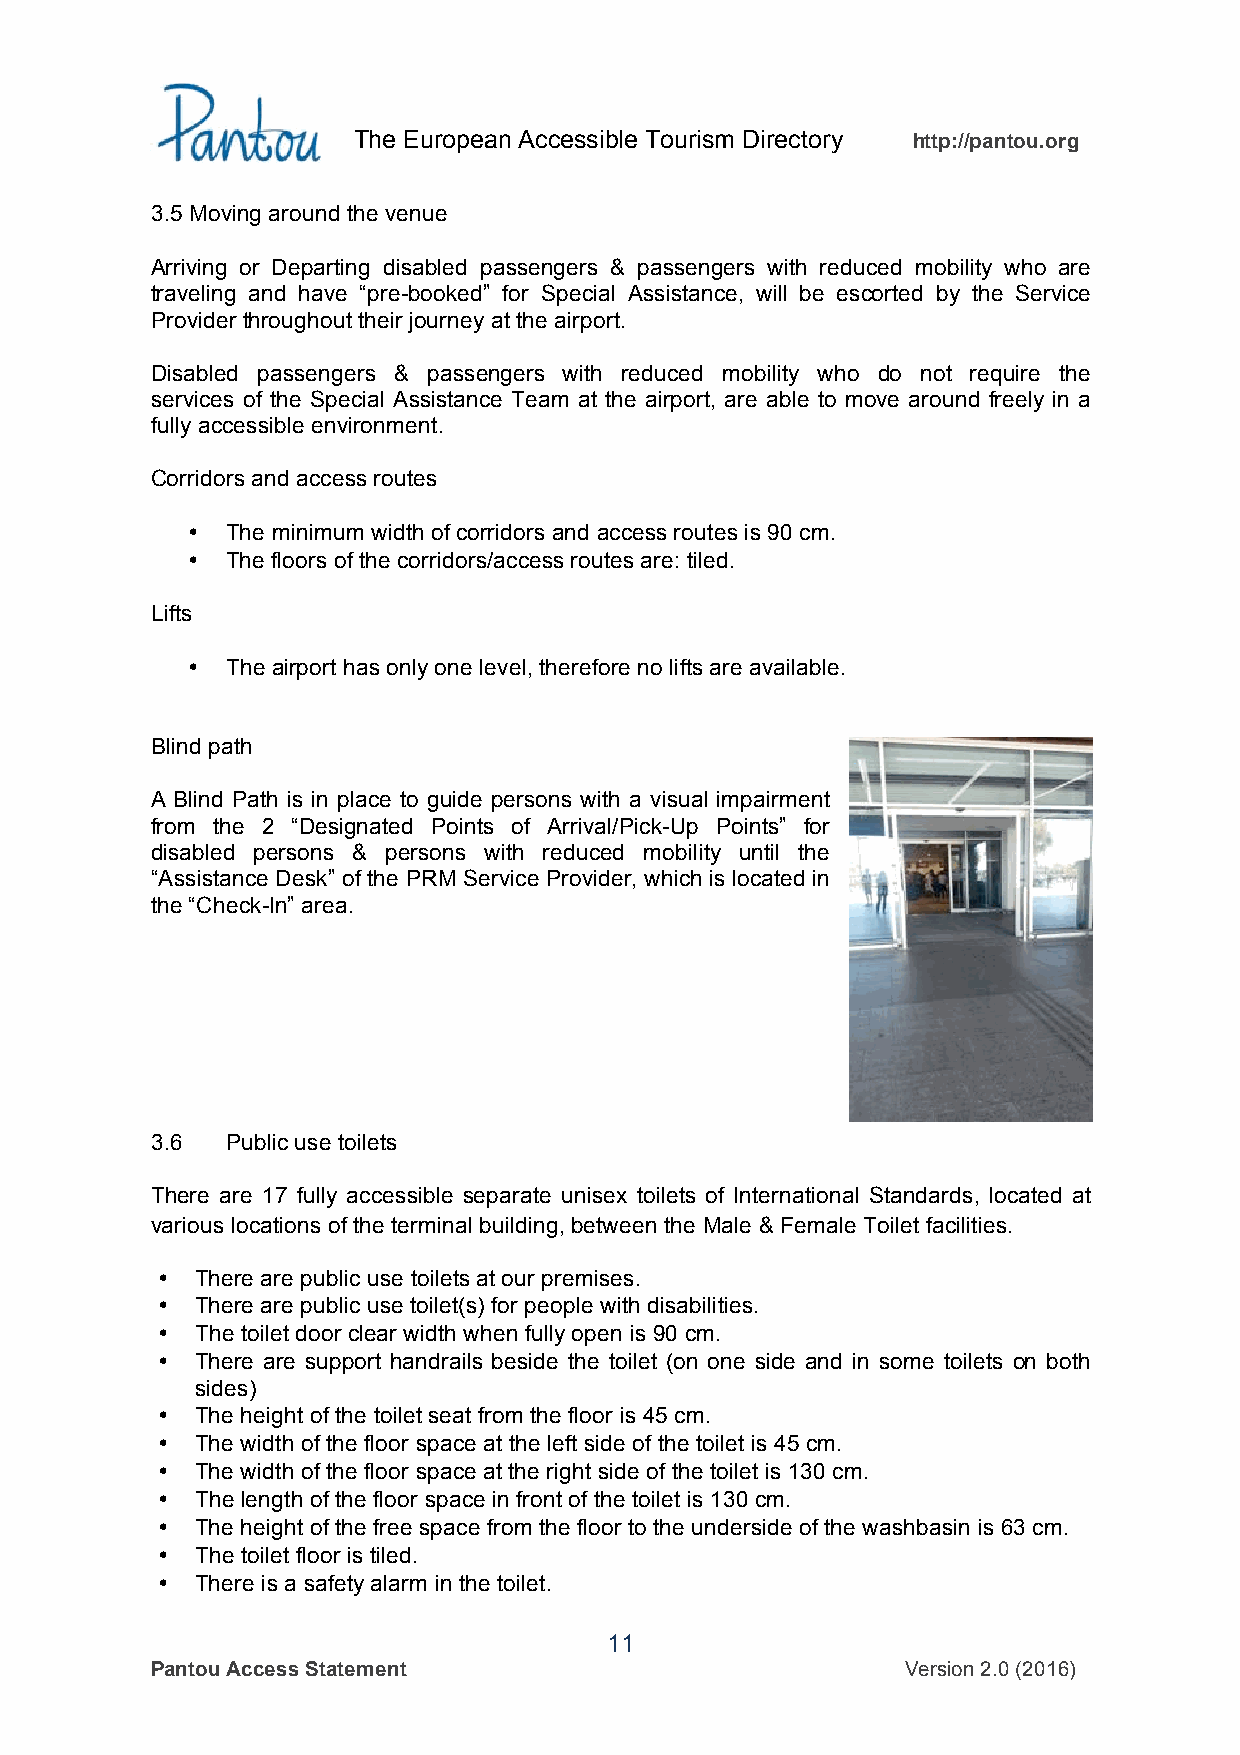
The European Accessible Tourism Directory http://pantou.org
 3.5 Moving around the venue
 Arriving or Departing disabled passengers & passengers with reduced mobility who are
 traveling and have “pre-booked” for Special Assistance, will be escorted by the Service
 Provider throughout their journey at the airport.
 Disabled passengers & passengers with reduced mobility who do not require the
 services of the Special Assistance Team at the airport, are able to move around freely in a
 fully accessible environment.
 Corridors and access routes
 •  The minimum width of corridors and access routes is 90 cm.
 •  The floors of the corridors/access routes are: tiled.
 Lifts
 •  The airport has only one level, therefore no lifts are available.
 Blind path
 A Blind Path is in place to guide persons with a visual impairment
 from the 2 “Designated Points of Arrival/Pick-Up Points” for
 disabled persons & persons with reduced mobility until the
 “Assistance Desk” of the PRM Service Provider, which is located in
 the “Check-In” area.
 3.6  Public use toilets
 There are 17 fully accessible separate unisex toilets of International Standards, located at
 various locations of the terminal building, between the Male & Female Toilet facilities.
 •  There are public use toilets at our premises.
 •  There are public use toilet(s) for people with disabilities.
 •  The toilet door clear width when fully open is 90 cm.
 •  There are support handrails beside the toilet (on one side and in some toilets on both
 sides)
 •  The height of the toilet seat from the floor is 45 cm.
 •  The width of the floor space at the left side of the toilet is 45 cm.
 •  The width of the floor space at the right side of the toilet is 130 cm.
 •  The length of the floor space in front of the toilet is 130 cm.
 •  The height of the free space from the floor to the underside of the washbasin is 63 cm.
 •  The toilet floor is tiled.
 •  There is a safety alarm in the toilet.
 11
 Pantou Access Statement                           Version 2.0 (2016)